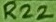
Text: R22